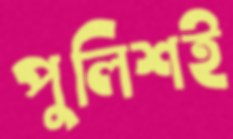
পুলিশই